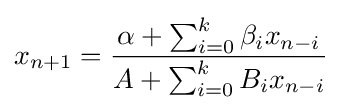
x_{n+1}={\frac {\alpha +\sum _{i=0}^{k}\beta _{i}x_{n-i}}{A+\sum _{i=0}^{k}B_{i}x_{n-i}}}~